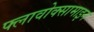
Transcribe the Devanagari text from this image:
फ्लावोक्सामाइन